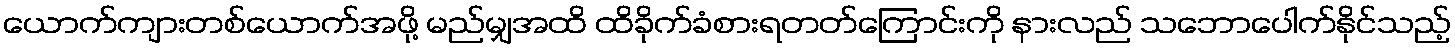
ယောက်ကျားတစ်ယောက်အဖို့ မည်မျှအထိ ထိခိုက်ခံစားရတတ်ကြောင်းကို နားလည် သဘောပေါက်နိုင်သည့်